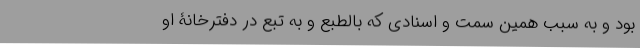
بود و به سبب همین سِمَت و اسنادی که بالطبع و به تبع در دفترخانۀ او